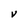
Character: V